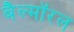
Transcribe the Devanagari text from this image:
बैल्मॉरल